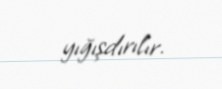
yığışdırılır.